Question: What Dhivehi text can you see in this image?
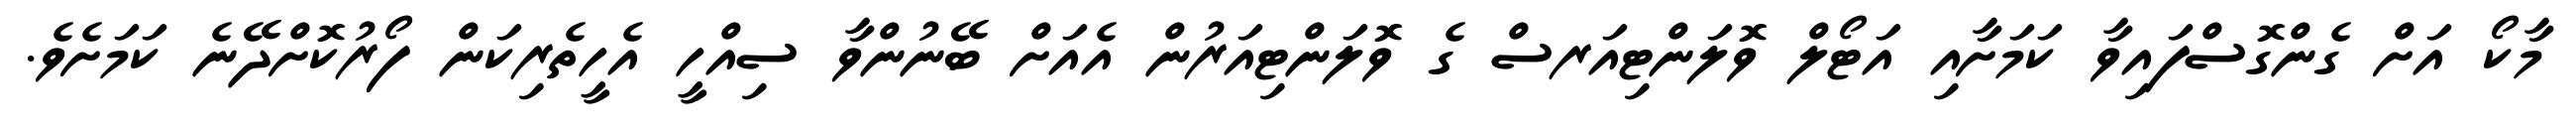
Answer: މާކޯ އަށް ގެންގޮސްފައިވާ ކަމަށާއި އަޓޯލް ވޮލަންޓިއަރސް ގެ ވޮލަންޓިއަރުން އެއަށް ބޭނުންވާ ސިއްހީ އެހީތެރިކަން ފޯރުކޮށްދޭނެ ކަމަށެވެ.